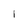
Character: 1